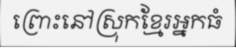
ព្រោះនៅស្រុកខ្មែរអ្នកធំ